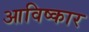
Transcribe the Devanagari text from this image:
आविष्‍कार